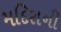
મદિરાની